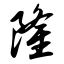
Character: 隆